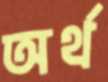
অর্থ